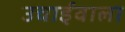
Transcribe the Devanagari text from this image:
उचाईंवाला